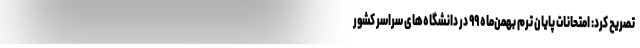
تصریح کرد: امتحانات پایان ترم بهمن‌ماه ۹۹ در دانشگاه‌های سراسر کشور